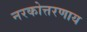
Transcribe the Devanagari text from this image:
नरकोत्तरणाय